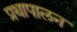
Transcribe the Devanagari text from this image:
प्रथापालन